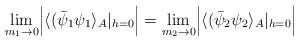
LaTeX: \begin{align*}\lim_{m_1\rightarrow 0} \Bigl| \langle (\bar\psi_1 \psi_1 \rangle_A|_{h=0}\Bigr|= \lim_{m_2\rightarrow 0} \Bigl|\langle (\bar\psi_2 \psi_2 \rangle_A|_{h=0}\Bigr|\end{align*}